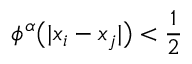
\phi ^ { \alpha } \big ( | x _ { i } - x _ { j } | \big ) < \frac { 1 } { 2 }